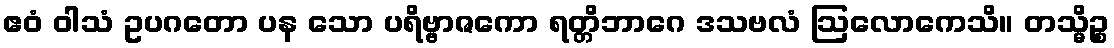
ဧဝံ ဝါသံ ဥပဂတော ပန သော ပရိဗ္ဗာဇကော ရတ္တိဘာဂေ ဒသဗလံ ဩလောကေသိ။ တသ္မိဉ္စ